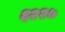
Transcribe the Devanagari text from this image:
६२२७